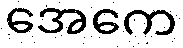
အေကေ